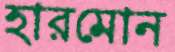
হারমোন